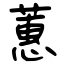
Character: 蕙